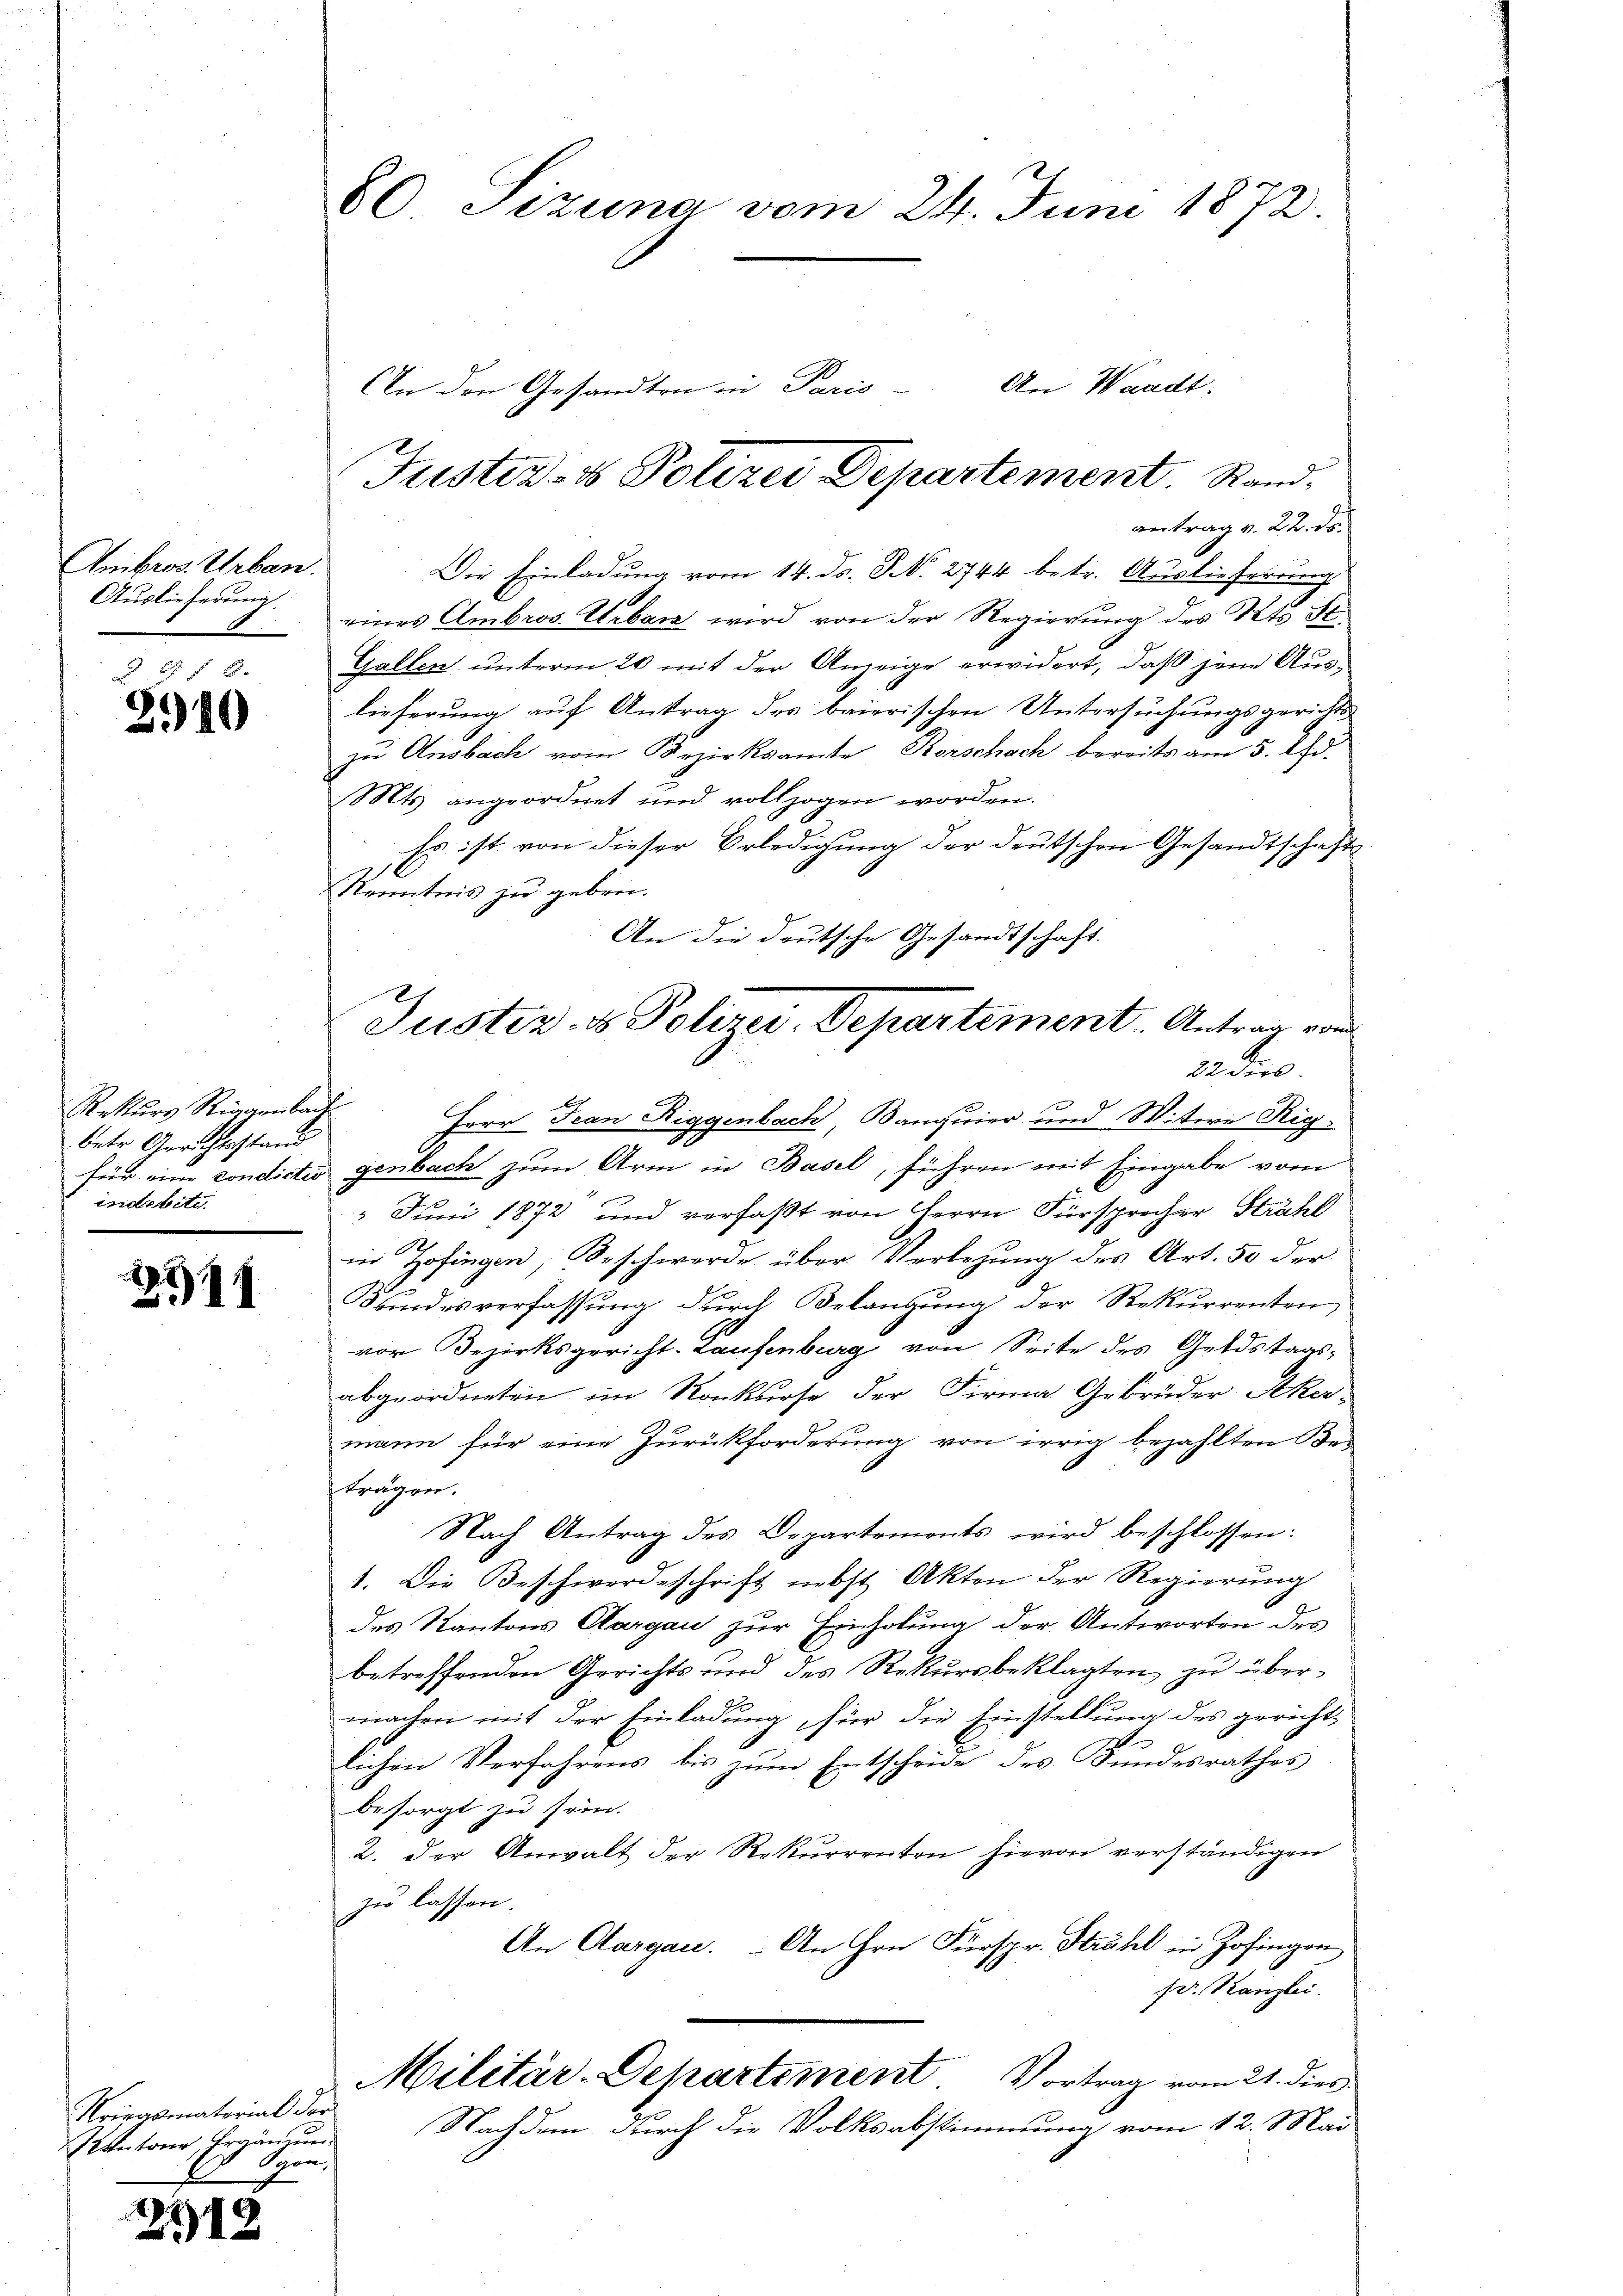
Ambros. Urban
Auslieferung.

2 f 2
2910

Rekŭrs Rigaenbach
betr. Gerichtsstand
für eine condirter
indebite

28911

Kriegsmaterial der
Intone, Ergänzung
Ghern,

212

60 Sizung vom 24. Juni 1872.

An Waadt.
An den Gesandten in Paris
Justiz- & Polizei Departement. Rand

antrag v. 22. ds.
Die Einladung vom 14. ds. S. 2744 betr. Auslieferung
eines Ambros. Urban wird von der Regierung des Kts. St.
Gallen unterm 20 mit der Anzeige erwidert, daß jene Auslieferung auf Antrag der baierischen Untersuchungsgerichts
zu Ansbach vom Bezirksamte Korschach bereits am 5. Ad.
Mts angeordnet und vollzogen worden.
Es ist von dieser Erledigung der deutschen Gesandtschafts
Kenntnis zu geben.
An die deutsche Gesandtschaft.
Herr Jean Riggenbach, Banquier und Wittern Riggenbach zum Arm in Basel, führen mit Eingabe vom
 Juni 1872 und verfaßt von Herrn Fürsprecher Strahl
in Hofingen, Beschwerde über Verlegung des Art. 50 der
Kundesverfassŭng dŭrch Belangŭng der Rekurrenten
vor Bezirksgericht Laufenburg von Seite des Geldstagsabgeordneten im Konkurse der Firma Gebrüder Akermann für eine Zurückforderung von irrig bezahlten Bes
kragen.
Nach Antrag des Departemonts wird beschlossen:
1. Die Beschwerdeschrift nebst Akten der Regierung
des Kantons Aargau zur Einholung der Antworten des
betreffenden Gerichts und des Rekursbeklagten zu übermachen mit der Einladung, für die Einstellung des gerichtlichen Verfahrens bis zum Entscheide des Bundesrathes
besorgt zu sein.
2. der Anwalt der Rekurrenten hievon verständigen
zu lassen.
An Aargau. - An Hrn. Fürspr. Strahl in Zofingen
Dr. Kanzlei.
Militär-Departement Vortrag vom 21. dies
Nachdem durch die Volksabstimmung vom 12. Mai

Justiz- & Polirei. Departement. Antrag von
22 dies